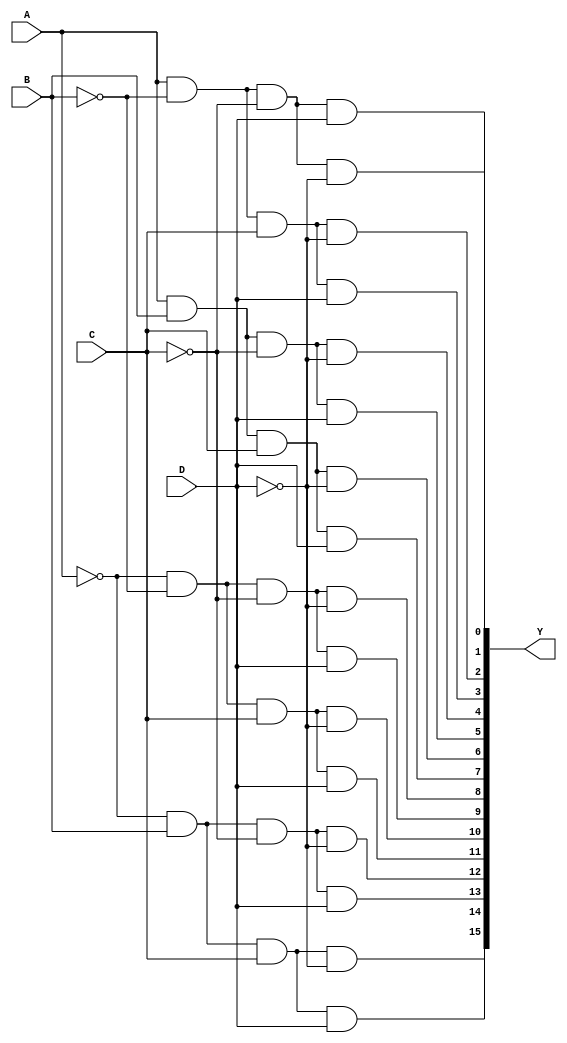
module demultiplexer_4to16 (
    input A, 
    input B, 
    input C, 
    input D, 
    output [15:0] Y
);

assign Y[0] = A & ~B & ~C & ~D;
assign Y[1] = A & ~B & ~C & D;
assign Y[2] = A & ~B & C & ~D;
assign Y[3] = A & ~B & C & D;
assign Y[4] = A & B & ~C & ~D;
assign Y[5] = A & B & ~C & D;
assign Y[6] = A & B & C & ~D;
assign Y[7] = A & B & C & D;
assign Y[8] = ~A & ~B & ~C & ~D;
assign Y[9] = ~A & ~B & ~C & D;
assign Y[10] = ~A & ~B & C & ~D;
assign Y[11] = ~A & ~B & C & D;
assign Y[12] = ~A & B & ~C & ~D;
assign Y[13] = ~A & B & ~C & D;
assign Y[14] = ~A & B & C & ~D;
assign Y[15] = ~A & B & C & D;

endmodule